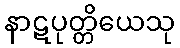
နာဋပုတ္တိယေသု